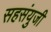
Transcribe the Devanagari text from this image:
सहसंयुजी